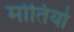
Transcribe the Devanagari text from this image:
मोतियो